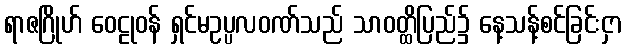
ရာဇဂြိုဟ် ဝေဠုဝန် ရှင်မဥပ္ပလဝဏ်သည် သာဝတ္ထိပြည်၌ နေ့သန့်စင်ခြင်းငှာ